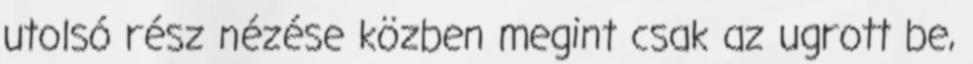
utolsó rész nézése közben megint csak az ugrott be,